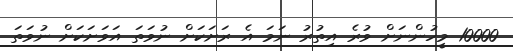
10000 މީހުންނަށް ވުރެ އިތުރު ނަމަ އެ ރަށަކަށް ނުވަތަ އަވަށަކަށް ނުވަތަ